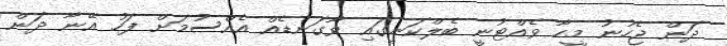
ދަން ޖެހުނު މީހާ ވެއްޓުނީ ބެލްކަނީގައި ވާގަނޑެއް އެއްސުމަށް ފަހު އޭނާ ދަން